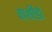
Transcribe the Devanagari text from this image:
वाशींडां